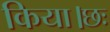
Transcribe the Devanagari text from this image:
किया।छः